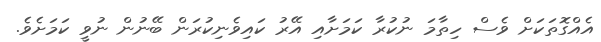
އެއްގޮތަކަށް ވެސް ހިތާމަ ނުކުރާ ކަމަށާއި އޭރު ކައިވެނިކުރަން ބޭނުން ނުވީ ކަމަށެވެ.